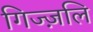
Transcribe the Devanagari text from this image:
गिज्ज़लि